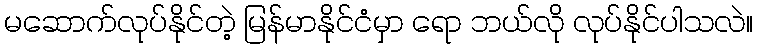
မဆောက်လုပ်နိုင်တဲ့ မြန်မာနိုင်ငံမှာ ရော ဘယ်လို လုပ်နိုင်ပါသလဲ။